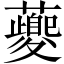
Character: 𧃰